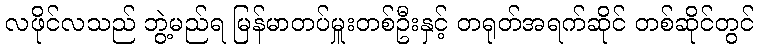
လဖိုင်လသည် ဘွဲ့မည်ရ မြန်မာတပ်မှူးတစ်ဦးနှင့် တရုတ်အရက်ဆိုင် တစ်ဆိုင်တွင်